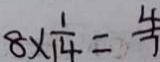
8 \times \frac { 1 } { 1 4 } = \frac { 4 } { 7 }